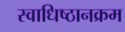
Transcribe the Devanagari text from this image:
स्वाधिष्ठानक्रम